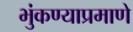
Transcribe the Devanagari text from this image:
भुंकण्याप्रमाणे